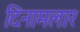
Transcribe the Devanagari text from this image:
दिनामलार